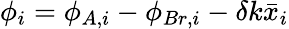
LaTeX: \phi_{i}=\phi_{A,i}-\phi_{Br,i}-\delta k\bar{x}_{i}